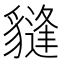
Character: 𧴂